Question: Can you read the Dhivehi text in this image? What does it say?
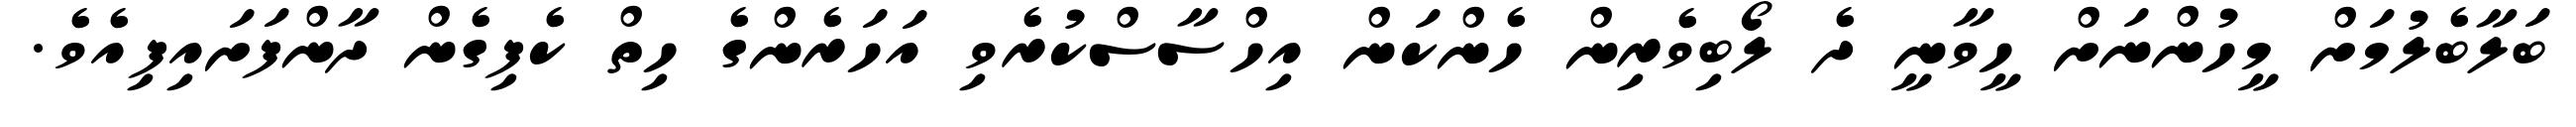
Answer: ބަލާބެލުމަށް މީހުންނަށް ހީވާނީ ދެ ލޯބިވެރިން ހެންކަން އިހްސާސްކުރެވި އަހަރެންގެ ހިތް ކެފިގެން ދާންފަށައިފިއެވެ.